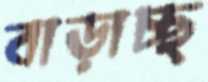
বাড়াচ্ছ